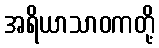
အရိယာသာဝကတို့